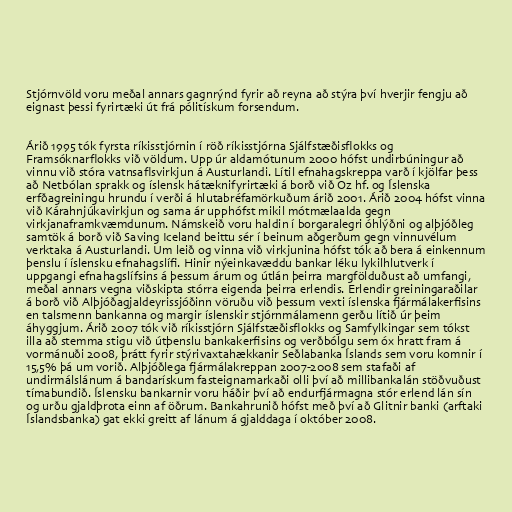
Stjórnvöld voru meðal annars gagnrýnd fyrir að reyna að stýra því hverjir fengju að
eignast þessi fyrirtæki út frá pólitískum forsendum.

Árið 1995 tók fyrsta ríkisstjórnin í röð ríkisstjórna Sjálfstæðisflokks og
Framsóknarflokks við völdum. Upp úr aldamótunum 2000 hófst undirbúningur að
vinnu við stóra vatnsaflsvirkjun á Austurlandi. Lítil efnahagskreppa varð í kjölfar þess
að Netbólan sprakk og íslensk hátæknifyrirtæki á borð við Oz hf. og Íslenska
erfðagreiningu hrundu í verði á hlutabréfamörkuðum árið 2001. Árið 2004 hófst vinna
við Kárahnjúkavirkjun og sama ár upphófst mikil mótmælaalda gegn
virkjanaframkvæmdunum. Námskeið voru haldin í borgaralegri óhlýðni og alþjóðleg
samtök á borð við Saving Iceland beittu sér í beinum aðgerðum gegn vinnuvélum
verktaka á Austurlandi. Um leið og vinna við virkjunina hófst tók að bera á einkennum
þenslu í íslensku efnahagslífi. Hinir nýeinkavæddu bankar léku lykilhlutverk í
uppgangi efnahagslífsins á þessum árum og útlán þeirra margfölduðust að umfangi,
meðal annars vegna viðskipta stórra eigenda þeirra erlendis. Erlendir greiningaraðilar
á borð við Alþjóðagjaldeyrissjóðinn vöruðu við þessum vexti íslenska fjármálakerfisins
en talsmenn bankanna og margir íslenskir stjórnmálamenn gerðu lítið úr þeim
áhyggjum. Árið 2007 tók við ríkisstjórn Sjálfstæðisflokks og Samfylkingar sem tókst
illa að stemma stigu við útþenslu bankakerfisins og verðbólgu sem óx hratt fram á
vormánuði 2008, þrátt fyrir stýrivaxtahækkanir Seðlabanka Íslands sem voru komnir í
15,5% þá um vorið. Alþjóðlega fjármálakreppan 2007-2008 sem stafaði af
undirmálslánum á bandarískum fasteignamarkaði olli því að millibankalán stöðvuðust
tímabundið. Íslensku bankarnir voru háðir því að endurfjármagna stór erlend lán sín
og urðu gjaldþrota einn af öðrum. Bankahrunið hófst með því að Glitnir banki (arftaki
Íslandsbanka) gat ekki greitt af lánum á gjalddaga í október 2008.